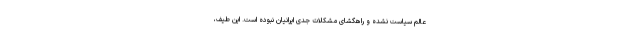
عالمِ سیاست نشده و راهگشای مشکلات جدی ایرانیان نبوده است. این طیف،